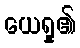
ယေရှု၏